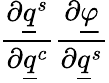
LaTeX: \frac{\partial\underline{{q}}^{s}}{\partial\underline{{q}}^{c}}\frac{\partial\underline{{\varphi}}}{\partial\underline{{q}}^{s}}